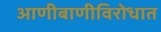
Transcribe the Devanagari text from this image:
आणीबाणीविरोधात